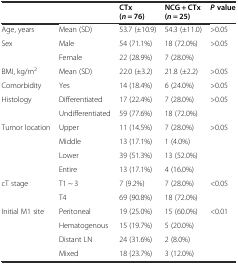
<table><thead><tr><td>[EMPTY_CELL]</td><td>[EMPTY_CELL]</td><td><b>CTx (<i>n</i> = 76)</b></td><td><b>NCG + CTx (<i>n</i> = 25)</b></td><td><b><i>P</i>value</b></td></tr></thead><tbody><tr><td>Age, years</td><td>Mean (SD)</td><td>53.7 (±10.9)</td><td>54.3 (±11.0)</td><td>&gt;0.05</td></tr><tr><td>Sex</td><td>Male</td><td>54 (71.1%)</td><td>18 (72.0%)</td><td>&gt;0.05</td></tr><tr><td>[EMPTY_CELL]</td><td>Female</td><td>22 (28.9%)</td><td>7 (28.0%)</td><td>[EMPTY_CELL]</td></tr><tr><td>BMI, kg/m<sup>2</sup></td><td>Mean (SD)</td><td>22.0 (±3.2)</td><td>21.8 (±2.2)</td><td>&gt;0.05</td></tr><tr><td>Comorbidity</td><td>Yes</td><td>14 (18.4%)</td><td>6 (24.0%)</td><td>&gt;0.05</td></tr><tr><td rowspan="2">Histology</td><td>Differentiated</td><td>17 (22.4%)</td><td>7 (28.0%)</td><td>&gt;0.05</td></tr><tr><td>Undifferentiated</td><td>59 (77.6%)</td><td>18 (72.0%)</td><td>[EMPTY_CELL]</td></tr><tr><td rowspan="3">Tumor location</td><td>Upper</td><td>11 (14.5%)</td><td>7 (28.0%)</td><td>&gt;0.05</td></tr><tr><td>Middle</td><td>13 (17.1%)</td><td>1 (4.0%)</td><td>[EMPTY_CELL]</td></tr><tr><td>Lower</td><td>39 (51.3%)</td><td>13 (52.0%)</td><td>[EMPTY_CELL]</td></tr><tr><td>[EMPTY_CELL]</td><td>Entire</td><td>13 (17.1%)</td><td>4 (16.0%)</td><td>[EMPTY_CELL]</td></tr><tr><td>cT stage</td><td>T1 ~ 3</td><td>7 (9.2%)</td><td>7 (28.0%)</td><td>&lt;0.05</td></tr><tr><td>[EMPTY_CELL]</td><td>T4</td><td>69 (90.8%)</td><td>18 (72.0%)</td><td>[EMPTY_CELL]</td></tr><tr><td rowspan="4">Initial M1 site</td><td>Peritoneal</td><td>19 (25.0%)</td><td>15 (60.0%)</td><td>&lt;0.01</td></tr><tr><td>Hematogenous</td><td>15 (19.7%)</td><td>5 (20.0%)</td><td>[EMPTY_CELL]</td></tr><tr><td>Distant LN</td><td>24 (31.6%)</td><td>2 (8.0%)</td><td>[EMPTY_CELL]</td></tr><tr><td>Mixed</td><td>18 (23.7%)</td><td>3 (12.0%)</td><td>[EMPTY_CELL]</td></tr></tbody></table>